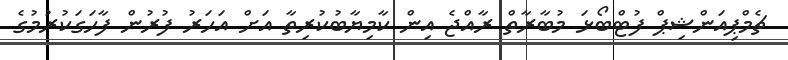
ޗެމްޕިއަންޝިޕް ފުޓްބޯޅަ މުބާރާތް ރާއްޖެ އިން ކާމިޔާބުކުރިތާ އަށް އަހަރު ފުރުން ފާހަގަކުރުމުގެ